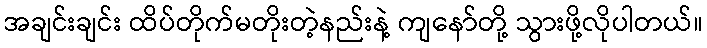
အချင်းချင်း ထိပ်တိုက်မတိုးတဲ့နည်းနဲ့ ကျနော်တို့ သွားဖို့လိုပါတယ်။